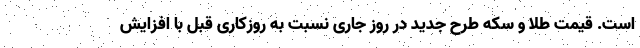
است. قیمت طلا و سکه طرح جدید در روز جاری نسبت به روزکاری قبل با افزایش